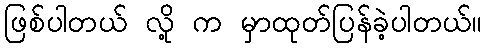
ဖြစ်ပါတယ် လို့ က မှာထုတ်ပြန်ခဲ့ပါတယ်။